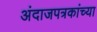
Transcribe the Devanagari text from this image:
अंदाजपत्रकांच्या